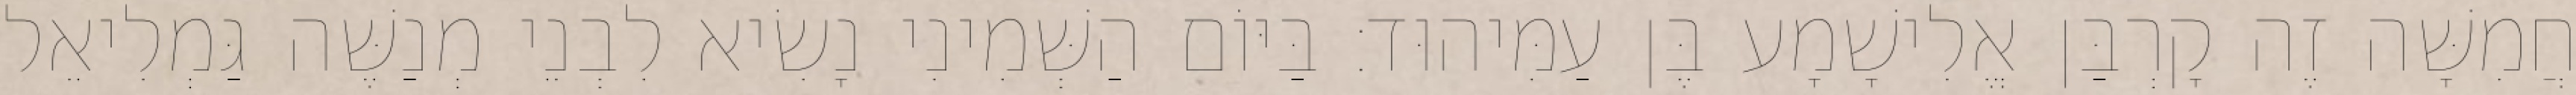
חֲמִשָּׁה זֶה קָרְבַּן אֱלִישָׁמָע בֶּן עַמִּיהוּד׃ בַּיּוֹם הַשְּׁמִינִי נָשִׂיא לִבְנֵי מְנַשֶּׁה גַּמְלִיאֵל